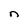
Character: n